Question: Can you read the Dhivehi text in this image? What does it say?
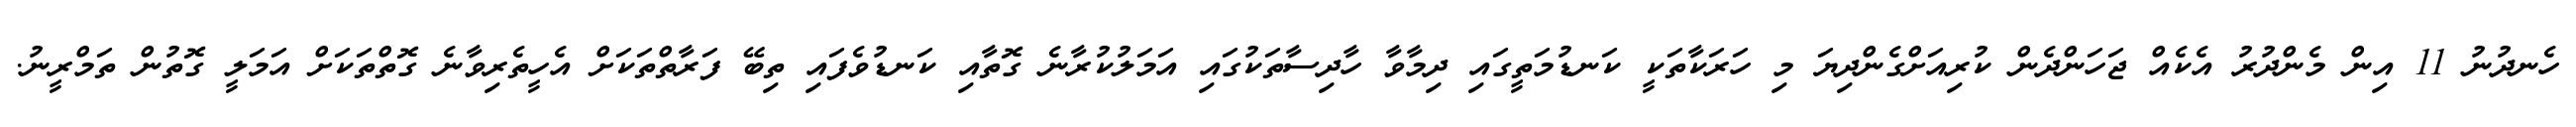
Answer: ހެނދުނު 11 އިން މެންދުރު އެކެއް ޖަހަންދެން ކުރިއަށްގެންދިޔަ މި ހަރަކާތަކީ ކަނޑުމަތީގައި ދިމާވާ ހާދިސާތަކުގައި އަމަލުކުރާނެ ގޮތާއި ކަނޑުވެފައި ތިބޭ ފަރާތްތަކަށް އެހީތެރިވާނެ ގޮތްތަކަށް އަމަލީ ގޮތުން ތަމްރީނު.